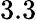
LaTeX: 3.3